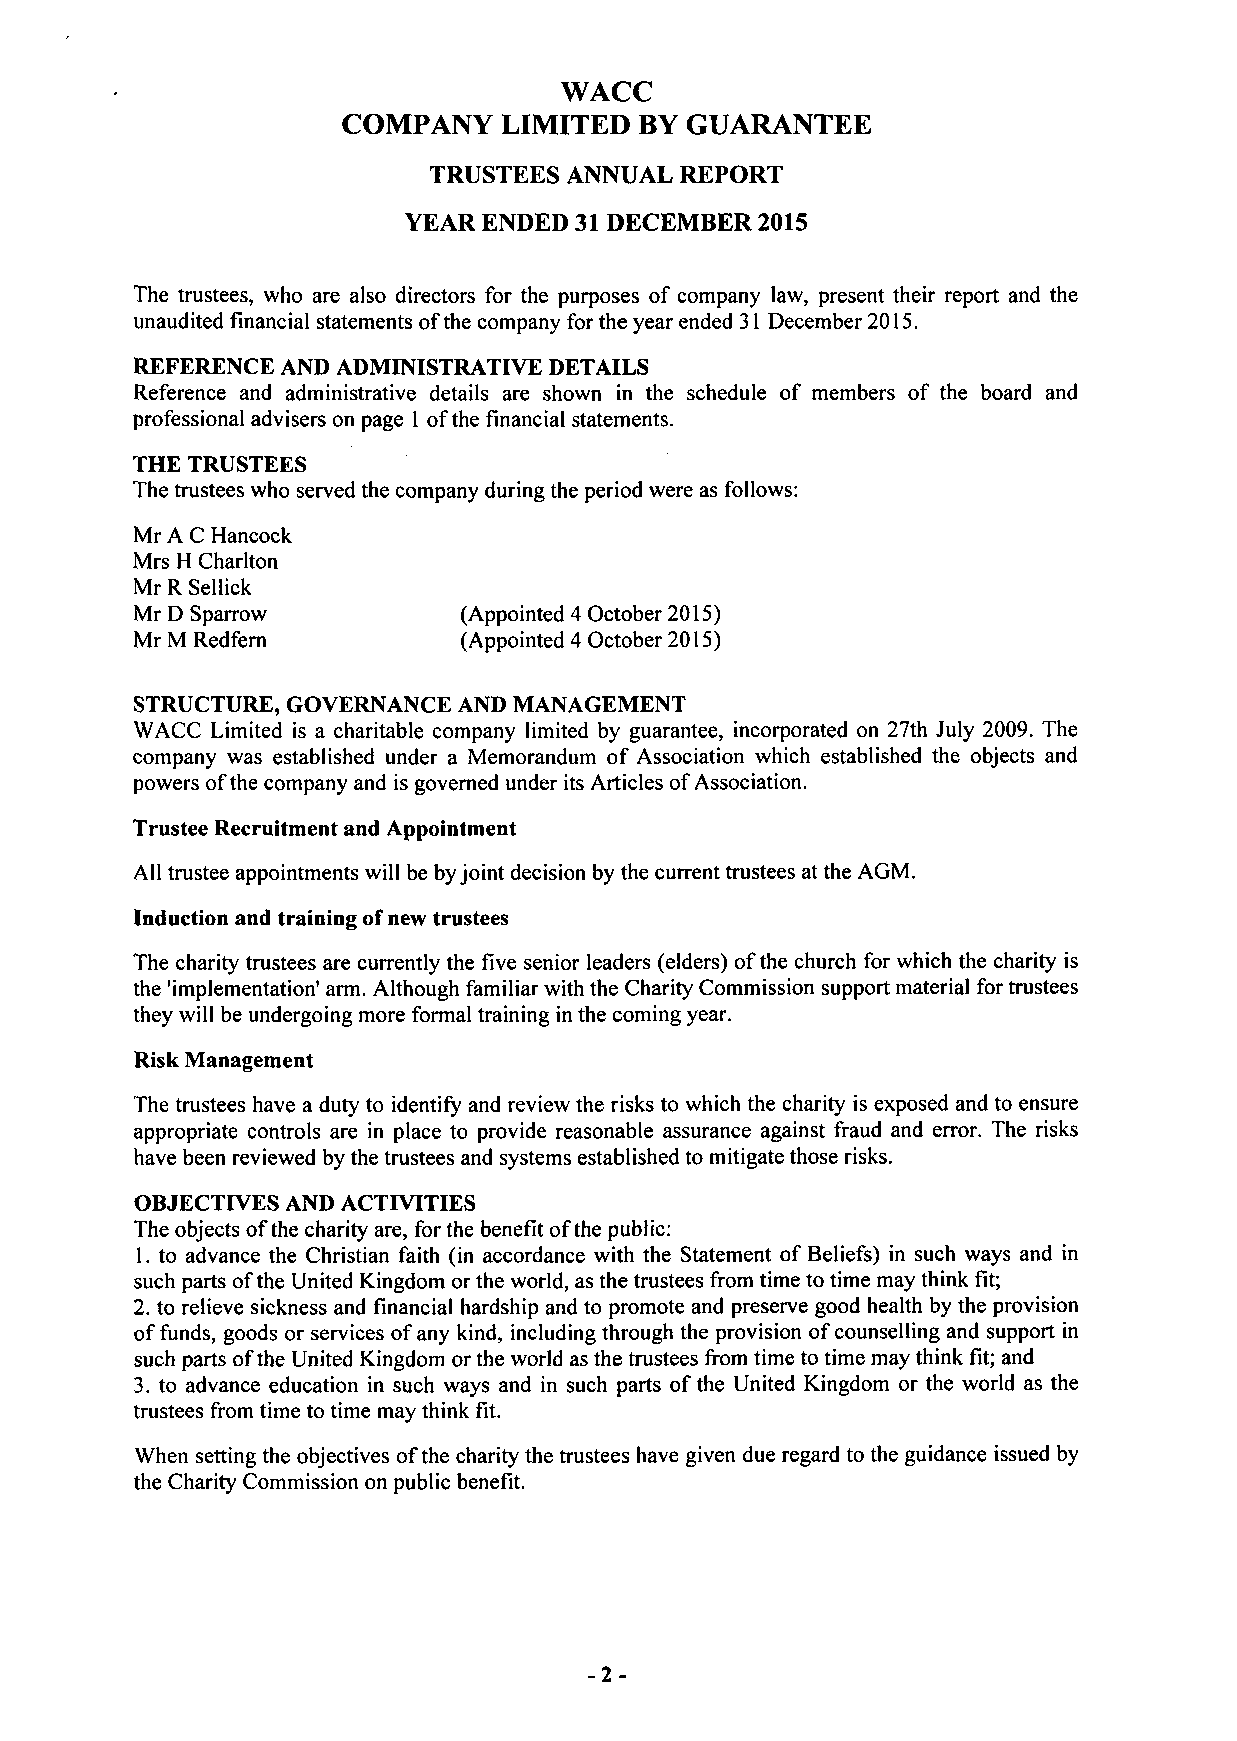
WACC
 COMPANY   LIMITED  BY GUARANTEE
 TRUSTEES ANNUAL  REPORT
 YEAR ENDED 31 DECEMBER 2015
 The trustees, who are also directors for the purposes of company law, present their report and the
 unaudited financial statements of the company for the year ended 31 December 2015.
 REFERENCE AND ADMINISTRATIVE DETAILS
 Reference and administrative details are shown in the schedule of members of the board and
 professional advisers on page 1 of the financial statements.
 THE TRUSTEES
 The trustees who served the company during the period were as follows:
 Mr A C Hancock
 Mrs H Charlton
 Mr R Sellick
 Mr D Sparrow          (Appointed 4 October 2015)
 Mr M Redfern          (Appointed 4 October 2015)
 STRUCTURE, GOVERNANCE AND MANAGEMENT
 WACC Limited is a charitable company limited by guarantee, incorporated on 27th July 2009. The
 company was established under a Memorandum of Association which established the objects and
 powers of the company and is governed under its Articles of Association.
 Trustee Recruitment and Appointment
 All trustee appointments will be by joint decision by the current trustees at the AGM.
 Induction and training of new trustees
 The charity trustees are currently the five senior leaders (elders) of the church for which the charity is
 the 'implementation' arm. Although familiar with the Charity Commission support material for trustees
 they will be undergoing more formal training in the coming year.
 Risk Management
 The trustees have a duty to identify and review the risks to which the charity is exposed and to ensure
 appropriate controls are in place to provide reasonable assurance against fraud and error. The risks
 have been reviewed by the trustees and systems established to mitigate those risks.
 OBJECTIVES AND ACTIVITIES
 The objects of the charity are, for the benefit of the public:
 1. to advance the Christian faith (in accordance with the Statement of Beliefs) in such ways and in
 such parts of the United Kingdom or the world, as the trustees from time to time may think fit;
 2. to relieve sickness and financial hardship and to promote and preserve good health by the provision
 of funds, goods or services of any kind, including through the provision of counselling and support in
 such parts of the United Kingdom or the world as the trustees from time to time may think fit; and
 3. to advance education in such ways and in such parts of the United Kingdom or the world as the
 trustees from time to time may think fit.
 When setting the objectives of the charity the trustees have given due regard to the guidance issued by
 the Charity Commission on public benefit.
 -2-